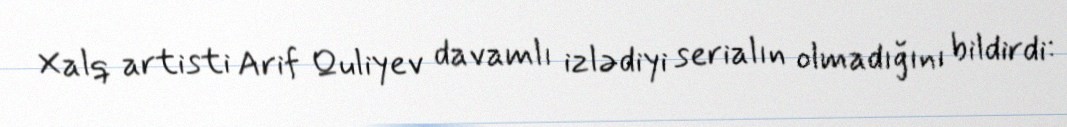
Xalq artisti Arif Quliyev davamlı izlədiyi serialın olmadığını bildirdi: